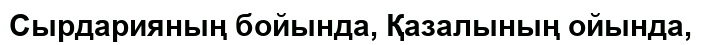
Сырдарияның бойында, Қазалының ойында,